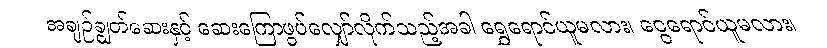
အချဉ်ချွတ်ဆေးနှင့် ဆေးကြောဖွပ်လျှော်လိုက်သည့်အခါ ရွှေရောင်ယူမလား၊ ငွေရောင်ယူမလား၊